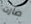
صارت